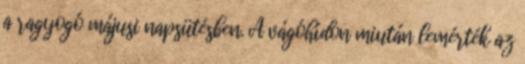
a ragyogó májusi napsütésben. A vágóhídon miután lemérték az